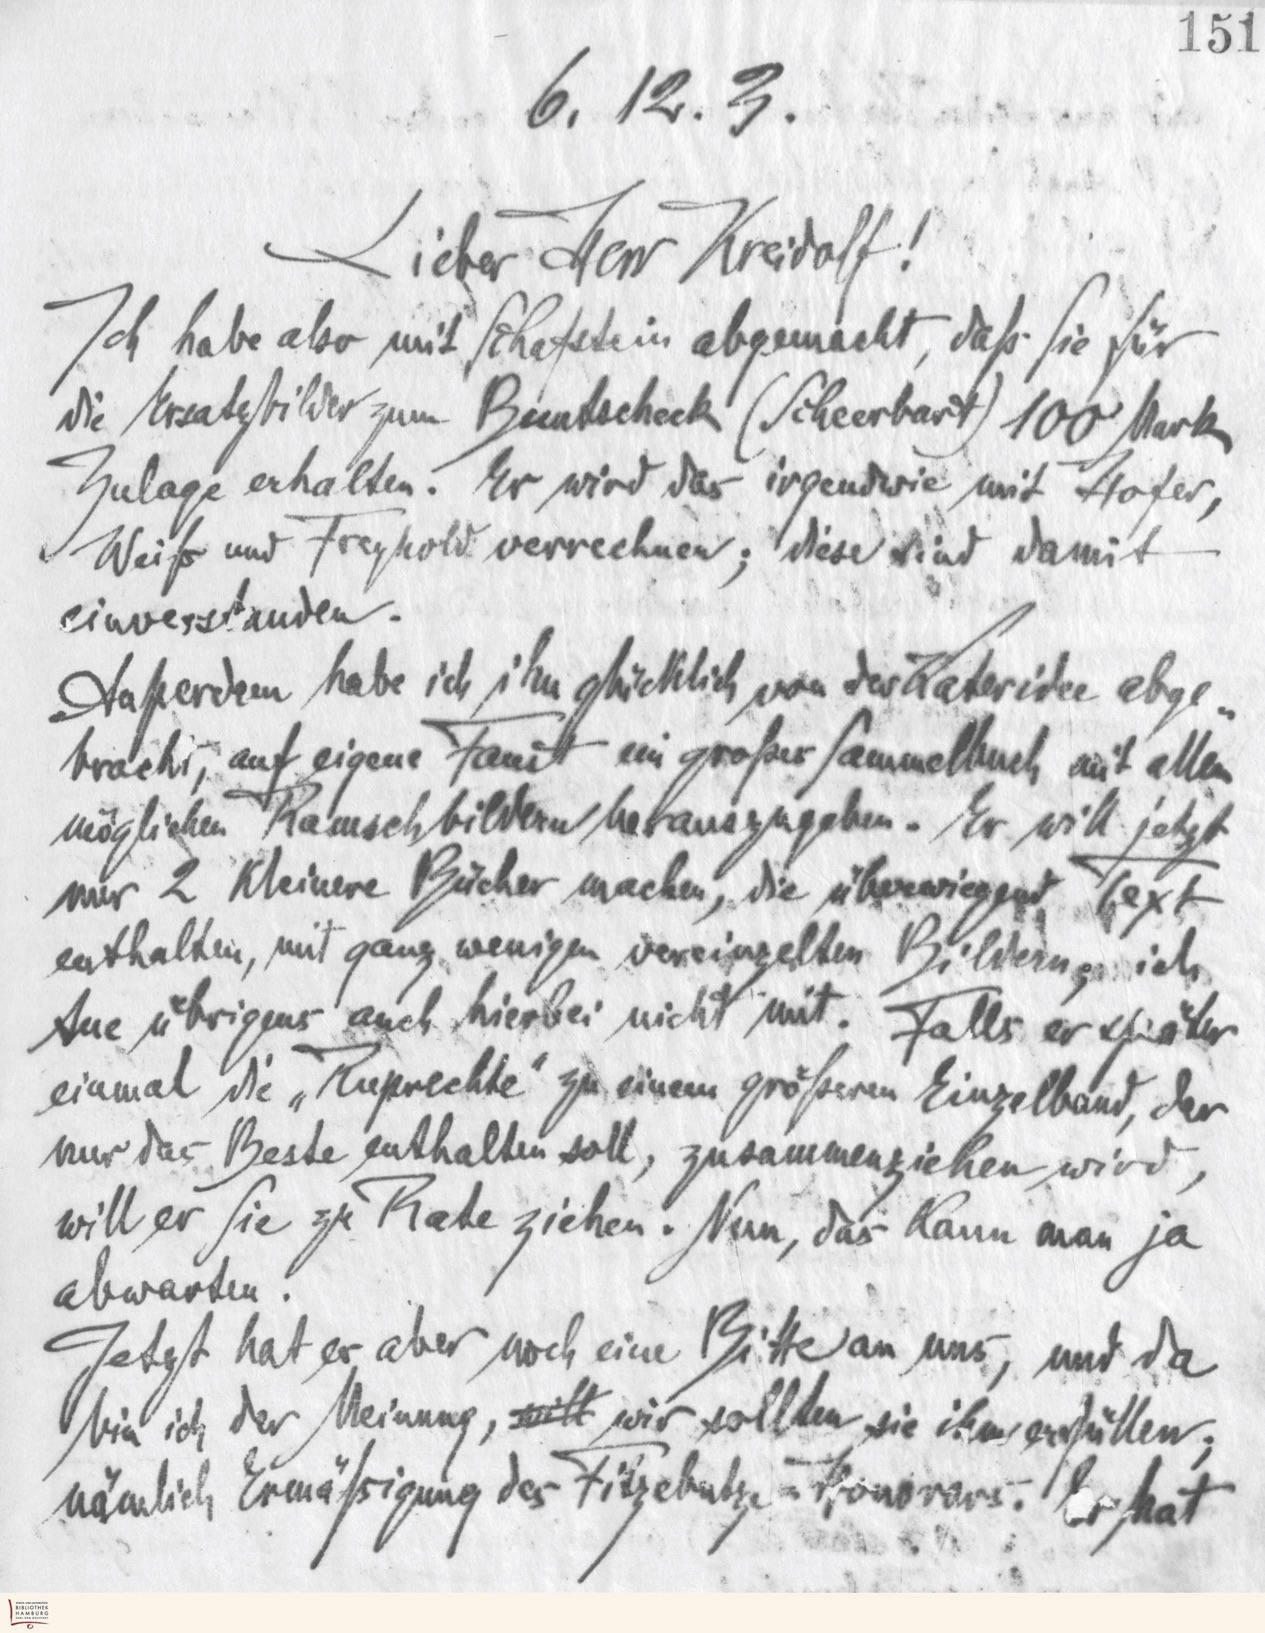
151
6.12.3.
Lieber Herr Kreidolf!
Ich habe also mit Schafstein abgemacht, daß Sie für
die Ersatzbilder zum Buntscheck (Scheerbart) 100 Mark
Zulage erhalten. Er wird das irgendwie mit Hofer,
Weiß und Freyhold verrechnen; diese sind damit
einverstanden.
Außerdem habe ich ihn glücklich von der Kateridee abge-
bracht, auf eigene Faust ein großes Sammelbuch mit allen
möglichen Rauschbildern herauszugeben. Er will jetzt
nur 2 kleinere Bücher machen, die überwiegend Text
enthalten, mit ganz wenigen vereinzelten Bildern; ich
tue übrigens auch hierbei nicht mit. Falls er später
einmal die "Ruprechte" zu einem größeren Einzelband, der
nur das Beste enthalten soll, zusammenziehen wird,
will er Sie zu Rate ziehen. Nun, das kann man ja
abwarten.
Jetzt hat er aber noch eine Bitte an uns, und da
bin ich der Meinung, will wir sollten sie ihm erfüllen;
nämlich Ermäßigung des Fitzebutze=Honorars. Er hat